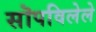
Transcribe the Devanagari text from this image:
सॊपविलेले